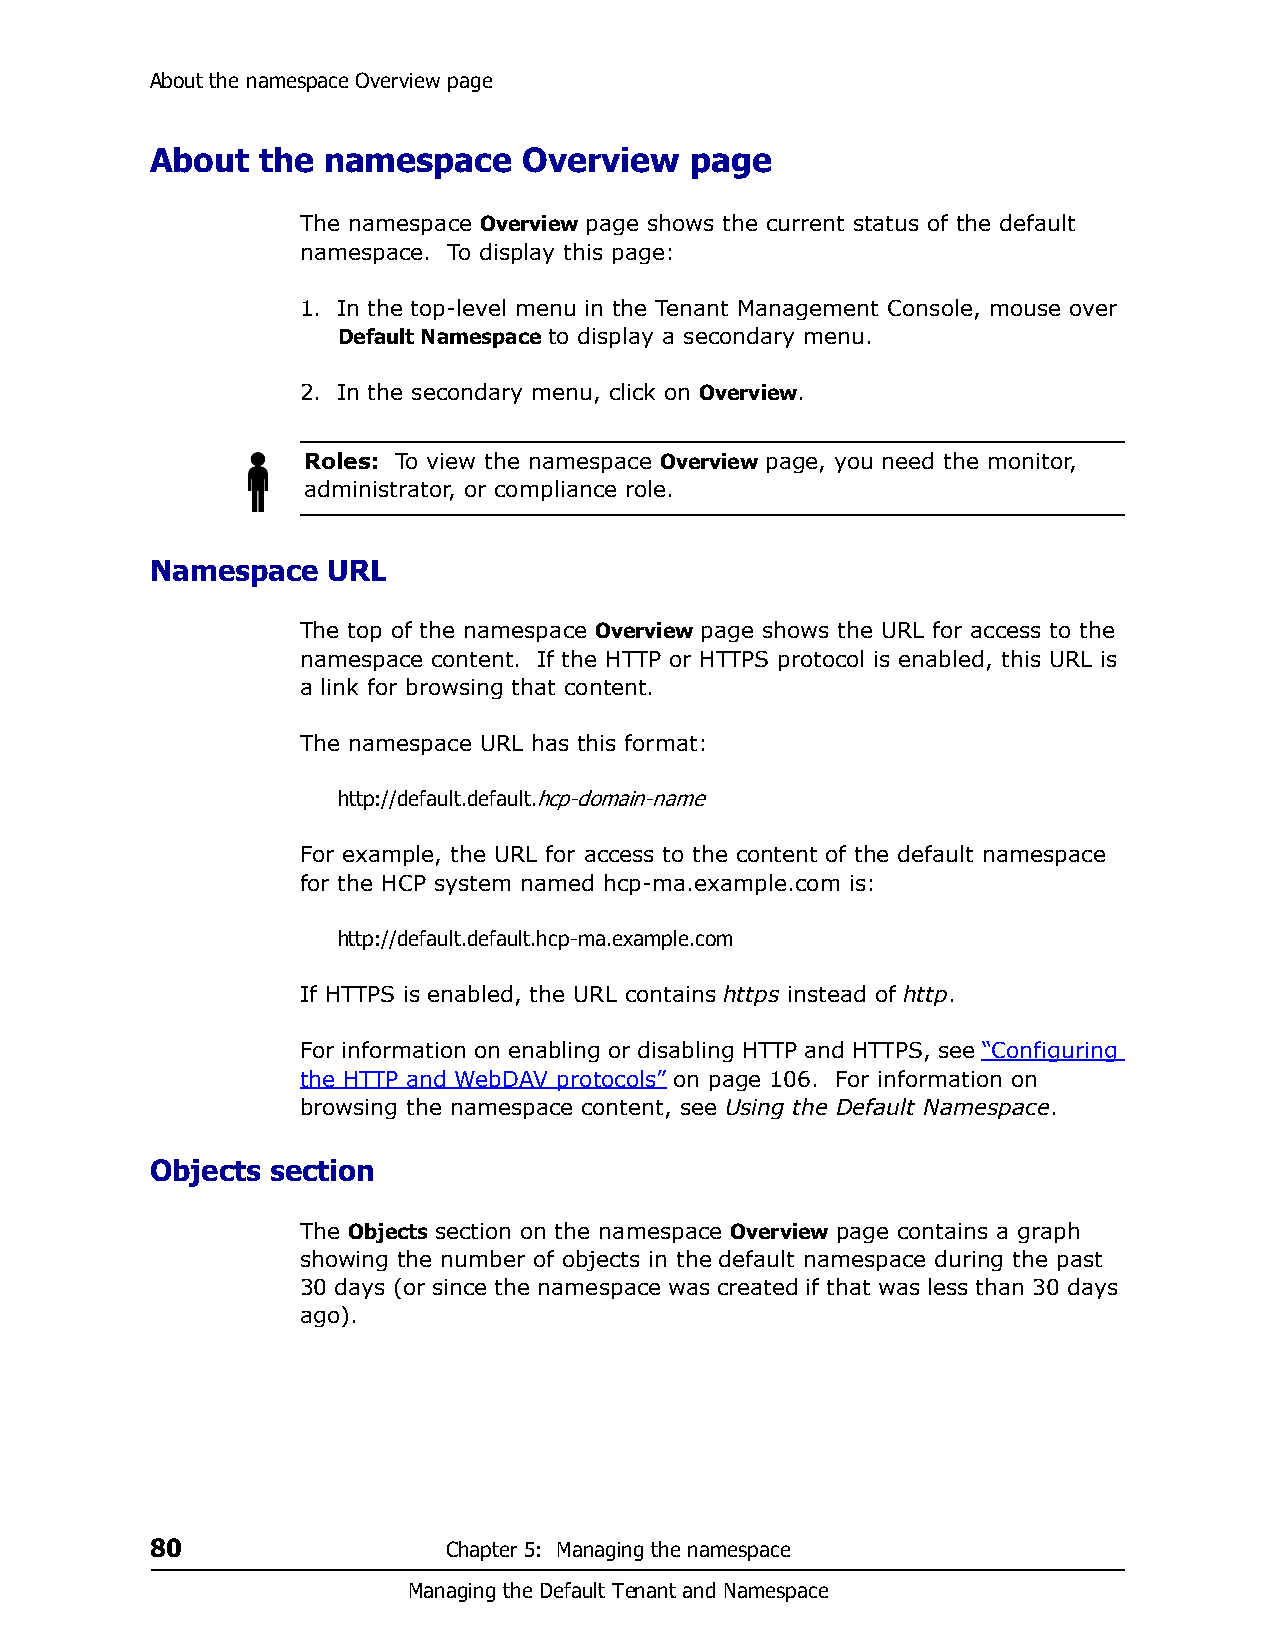
About the namespace Overview page
 About  the namespace     Overview   page
 The namespace Overview page shows the current status of the default
 namespace. To display this page:
 1. In the top-level menu in the Tenant Management Console, mouse over
 Default Namespace to display a secondary menu.
 2. In the secondary menu, click on Overview.
 Roles: To view the namespace Overview page, you need the monitor,
 administrator, or compliance role.
 Namespace   URL
 The top of the namespace Overview page shows the URL for access to the
 namespace content. If the HTTP or HTTPS protocol is enabled, this URL is
 a link for browsing that content.
 The namespace URL has this format:
 http://default.default.hcp-domain-name
 For example, the URL for access to the content of the default namespace
 for the HCP system named hcp-ma.example.com is:
 http://default.default.hcp-ma.example.com
 If HTTPS is enabled, the URL contains https instead of http.
 For information on enabling or disabling HTTP and HTTPS, see “Configuring
 the HTTP and WebDAV protocols” on page 106. For information on
 browsing the namespace content, see Using the Default Namespace.
 Objects section
 The Objects section on the namespace Overview page contains a graph
 showing the number of objects in the default namespace during the past
 30 days (or since the namespace was created if that was less than 30 days
 ago).
 80                  Chapter 5: Managing the namespace
 Managing the Default Tenant and Namespace